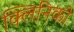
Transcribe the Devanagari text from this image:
क्लिनिको